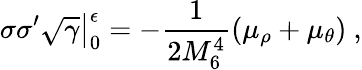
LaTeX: \sigma\sigma^{\prime}\sqrt{\gamma}\big|_{0}^{\epsilon}=-\frac{1}{2M_{6}^{4}}(\mu_{\rho}+\mu_{\theta})~,